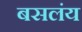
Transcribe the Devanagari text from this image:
बसलंय